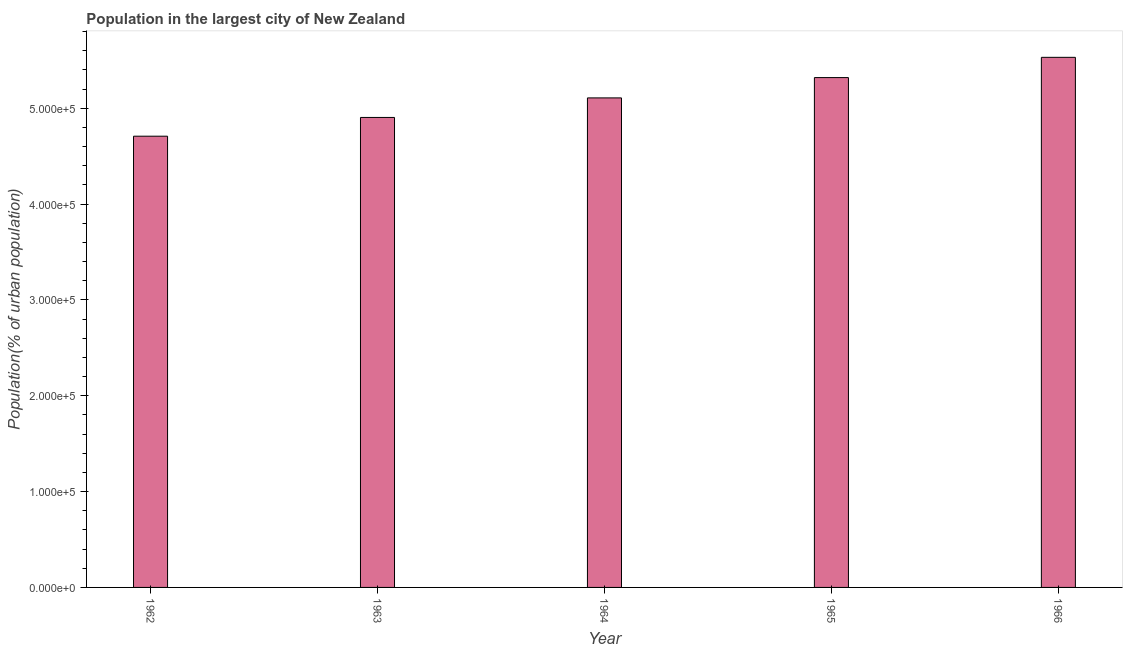
| Year | Population in largest city |
 | --- | --- |
 | 1962 | 4.71e+05 |
 | 1963 | 4.9e+05 |
 | 1964 | 5.11e+05 |
 | 1965 | 5.32e+05 |
 | 1966 | 5.53e+05 |